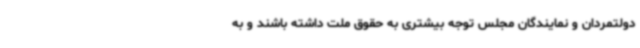
دولتمردان و نمایندگان مجلس توجه بیشتری به حقوق ملت داشته باشند و به